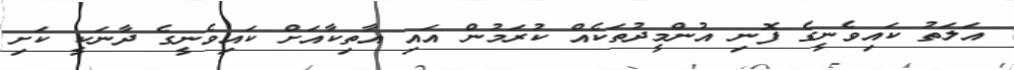
އަލަަތު ކައިވެނީގެ ފޮނި އުންްމީދުތަކެއް ކުރަމުން އައި އާތިކާއަށް ކައިވެެނީގެ ދާނަކީ ކަށި